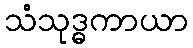
သံသုဒ္ဓကာယာ